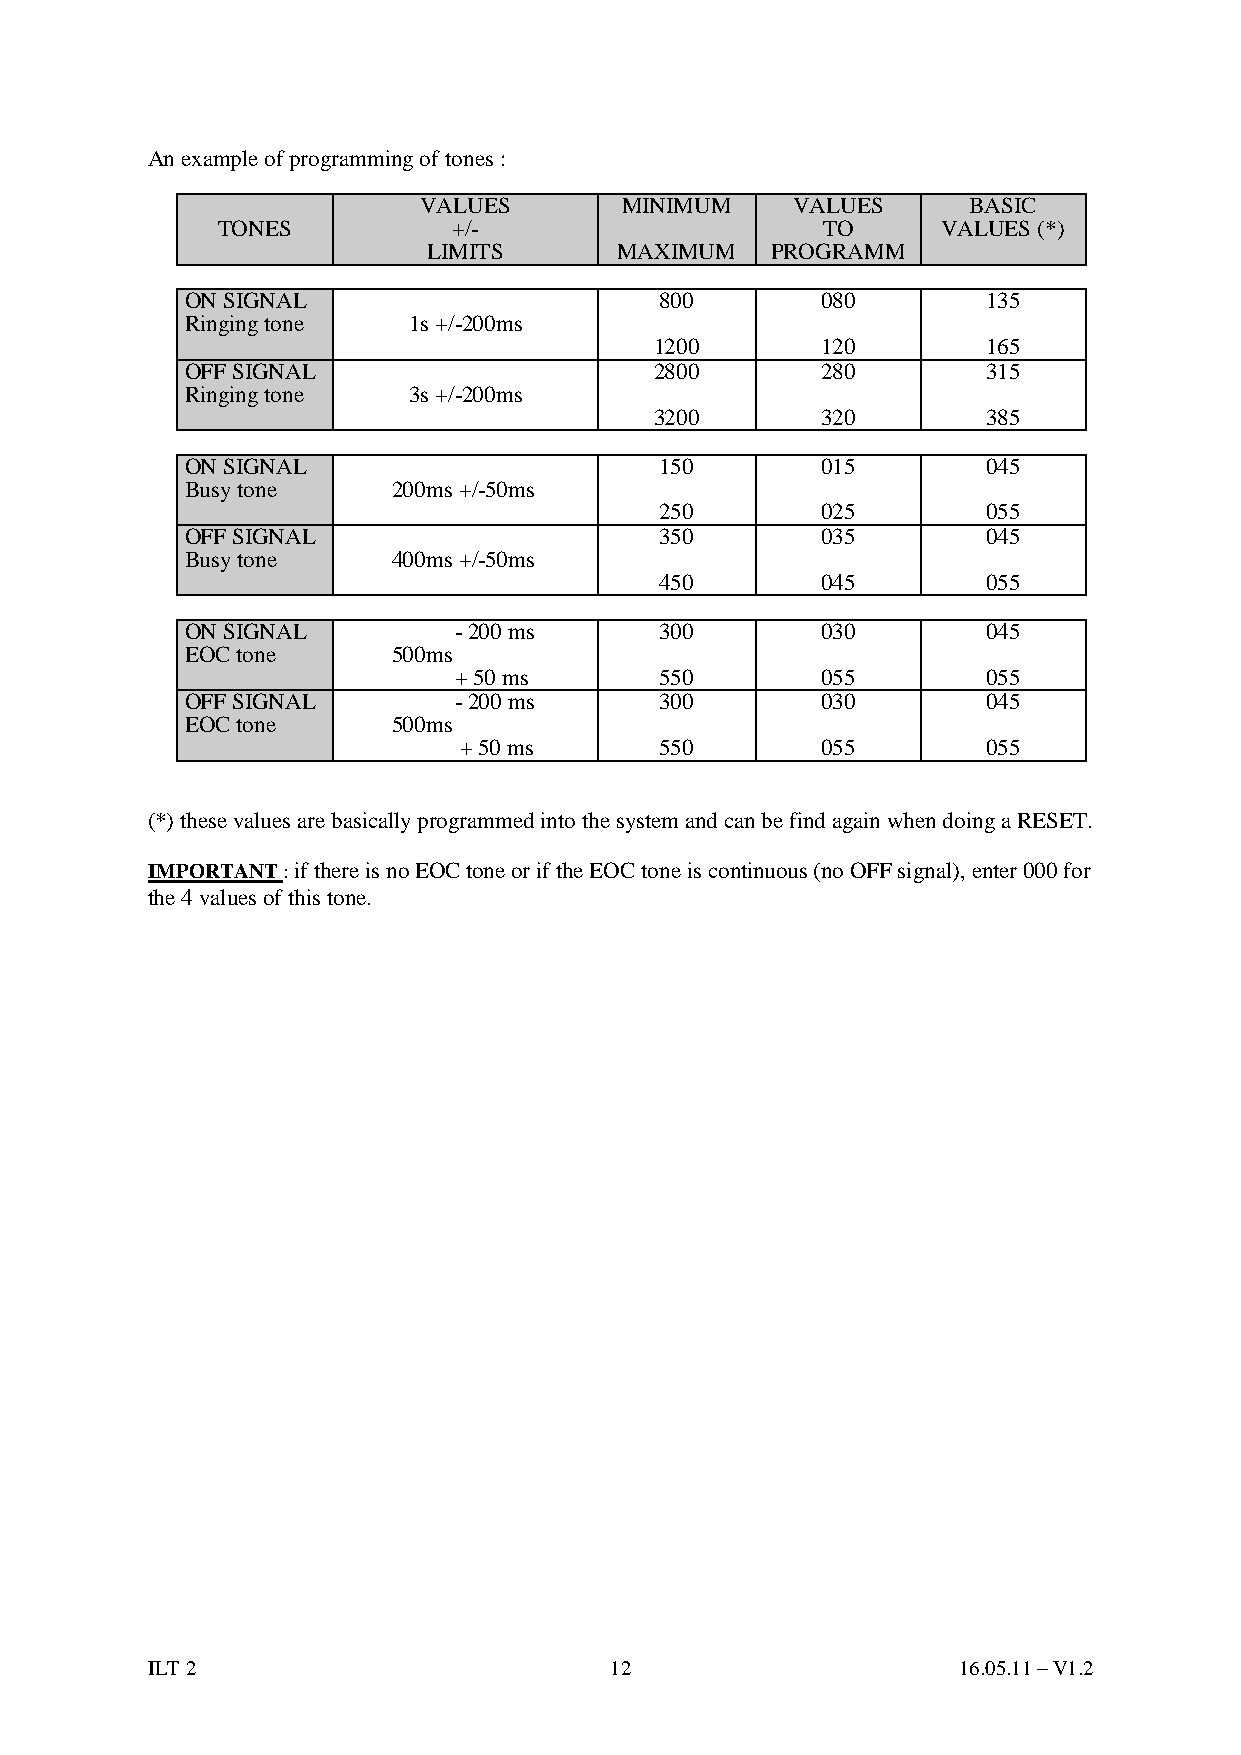
An example of programming of tones :
 VALUES       MINIMUM    VALUES      BASIC
 TONES           +/-                     TO      VALUES (*)
 LIMITS       MAXIMUM   PROGRAMM
 ON SIGNAL                       800       080        135
 Ringing tone   1s +/-200ms
 1200       120        165
 OFF SIGNAL                     2800       280        315
 Ringing tone   3s +/-200ms
 3200       320        385
 ON SIGNAL                       150       015        045
 Busy tone     200ms +/-50ms
 250       025        055
 OFF SIGNAL                      350       035        045
 Busy tone     400ms +/-50ms
 450       045        055
 ON SIGNAL         - 200 ms      300       030        045
 EOC tone      500ms
 + 50 ms       550       055        055
 OFF SIGNAL        - 200 ms      300       030        045
 EOC tone      500ms
 + 50 ms       550       055        055
 (*) these values are basically programmed into the system and can be find again when doing a RESET.
 IMPORTANT : if there is no EOC tone or if the EOC tone is continuous (no OFF signal), enter 000 for
 the 4 values of this tone.
 ILT 2                         12                     16.05.11 – V1.2